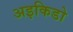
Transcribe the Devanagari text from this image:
अइकिडो